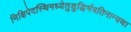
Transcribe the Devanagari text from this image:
निक्षिपेदस्थिमध्येतुशुद्धिर्भवतिनान्यथा